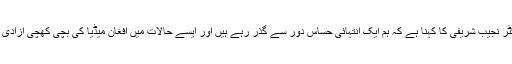
اس کمیٹی کے ڈائریکٹر نجیب شریفی کا کہنا ہے کہ ہم ایک انتہائی حساس دور سے گذر رہے ہیں اور ایسے حالات میں افغان میڈیا کی بچی کھچی آزادی کو قائم رکھنا چاہیے۔